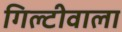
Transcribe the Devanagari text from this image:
गिल्टीवाला